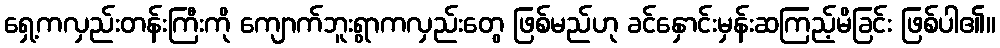
ရှေ့ကလှည်းတန်းကြီးကို ကျောက်ဘူးရွာကလှည်းတွေ ဖြစ်မည်ဟု ခင်နှောင်းမှန်းဆကြည့်မိခြင်း ဖြစ်ပါ၏။